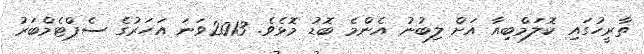
ތާރީހުގައި ކޮލަމްބިއާ އަށް ލިބުނު އެންމެ ބޮޑު މޮޅެވެ. 2013ވަނަ އަހަރުގެ ސެޕްޓެމްބަރު